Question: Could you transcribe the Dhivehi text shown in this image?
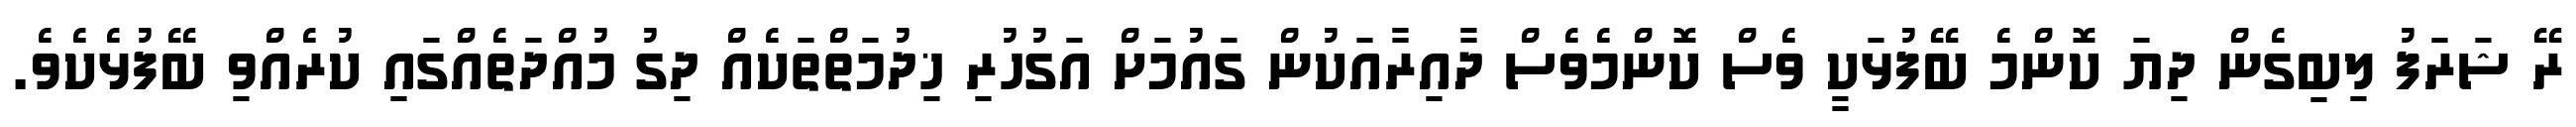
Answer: ރޭ ޝަރަފު ލިބިގެން ދިޔަ ކޮންމެ ބޭފުޅަކީ ވެސް ކޮންމެވެސް ދާއިރާއަކުން ގައުމަށް އަގުހުރި ޚިދުމަތްތަކެއް ދިގު މުއްދަތެއްގައި ކުރެއްވި ބޭފުޅެކެވެ.